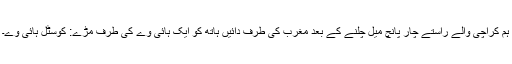
ہم کراچی والے راستے چار پانچ میل چلنے کے بعد مغرب کی طرف دائیں ہاتھ کو ایک ہائی وے کی طرف مڑے: کوسٹل ہائی وے۔